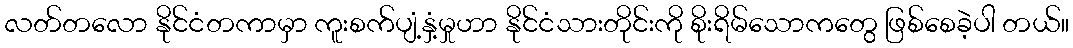
လတ်တလော နိုင်ငံတကာမှာ ကူးစက်ပျံ့နှံ့မှုဟာ နိုင်ငံသားတိုင်းကို စိုးရိမ်သောကတွေ ဖြစ်စေခဲ့ပါ တယ်။